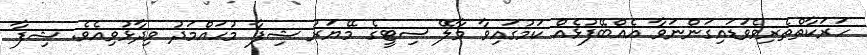
ހަރަކާތްތެރިވެވަޑައިގަންނަވާ އެއްބޭފުޅެއް ކަމުގައިވާ މާލޭ ސިޓީގެ މޭޔަރު ޝިފާ މުހައްމަދު ވިދާޅުވިއެވެ. ޝިފާ